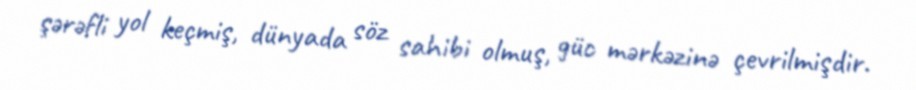
şərəfli yol keçmiş, dünyada söz sahibi olmuş, güc mərkəzinə çevrilmişdir.